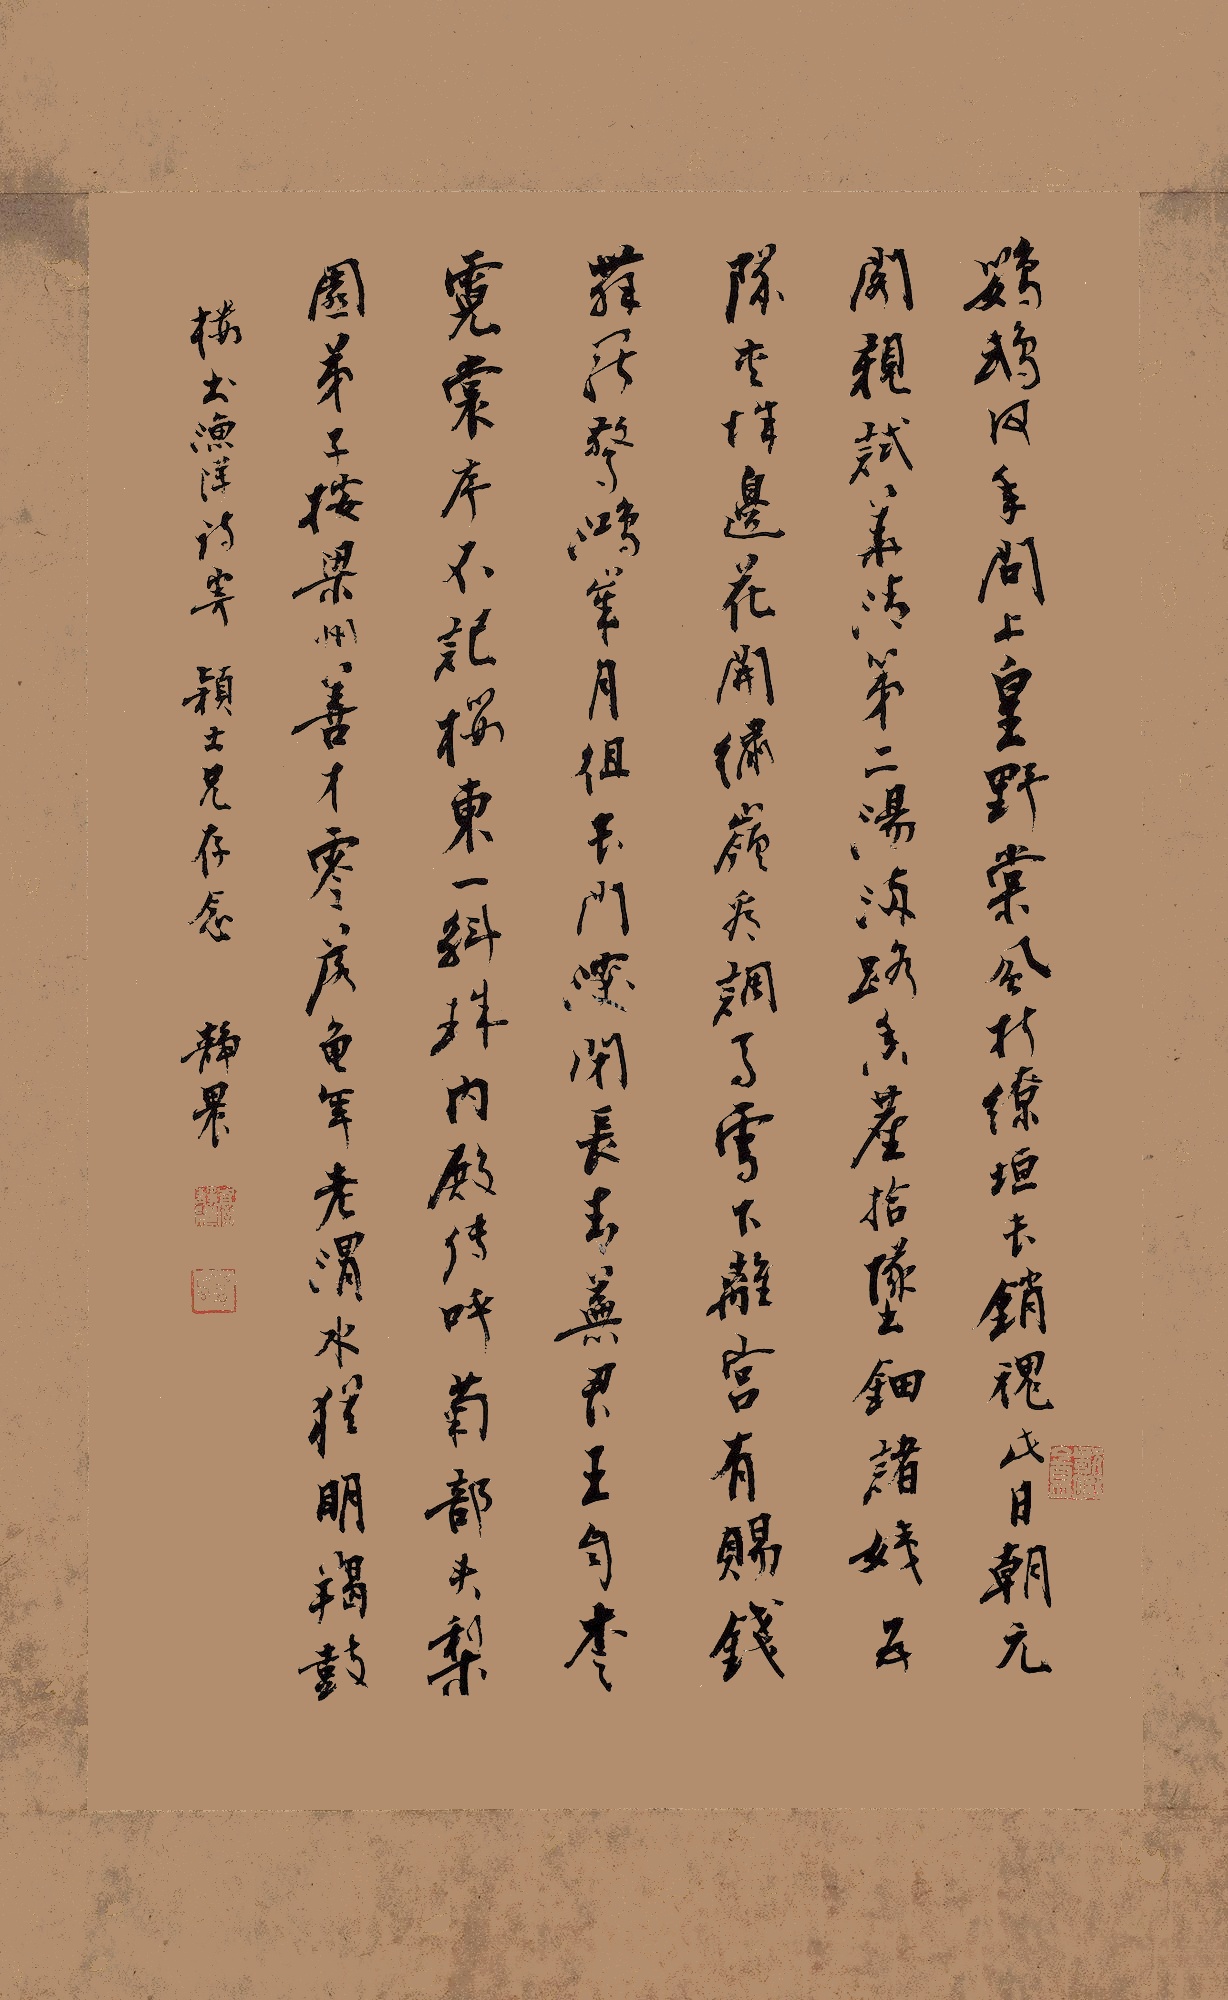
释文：鹦鹉何年问上皇?野棠风折缭垣长。销魂此日朝元阁，亲试华清第二汤。满路香尘拾坠钿，诸姨五队夹城边。花开绣岭看调马，雪下离宫有赐钱。舞罢惊鸿岁月徂，长门深闭长青芜。君王自爱霓裳序，不记楼东一斛珠。内殿传呼菊部头，梨园弟子按梁州。善才零落龟年老，渭水犹明羯鼓楼。书渔洋诗寄颖士兄存念，静农。